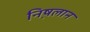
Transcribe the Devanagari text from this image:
निष़लान